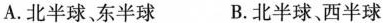
A.北半球、东半球 B.北半球、西半球